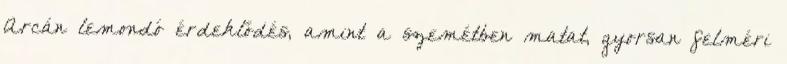
Arcán lemondó érdeklődés, amint a szemétben matat, gyorsan felméri